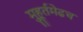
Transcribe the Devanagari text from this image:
मुहूर्तमेढच